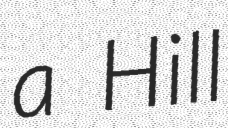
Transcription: a Hill